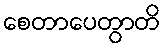
စေတာပေတွာတိ